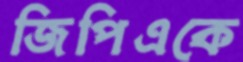
জিপিএকে